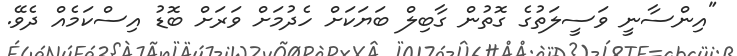
"އިންސާނީ ވަސީލަތުގެ ގޮތުން ގާބިލް ބަޔަކަށް ހެދުމަށް ވަރަށް ބޮޑު އިސްކަމެއް ދެވޭ.